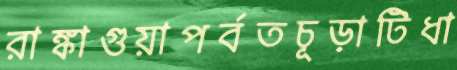
রাঙ্কাগুয়াপর্বতচূড়াটিধা